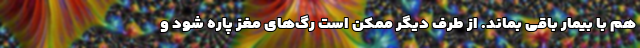
هم با بیمار باقی بماند. از طرف دیگر ممکن است رگ‌های مغز پاره شود و